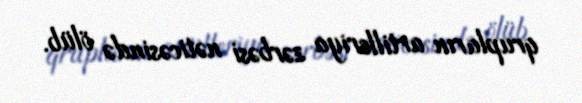
qrupların artilleriya zərbəsi nəticəsində ölüb.